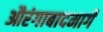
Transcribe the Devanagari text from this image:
औरंगाबादमार्गे